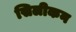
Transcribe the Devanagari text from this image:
सिलीकन